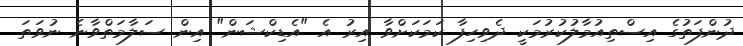
ދުންފަތުގެ އިސްތިއުމާލުކުރުމަކީ ދެވިހިފާ ކަމަކަށްވާ އިރު އެ "އެޑިކްޝަން" އިން ސަލާމަތްވާނެ ނުވަތަ